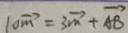
1 0 \overrightarrow { m } = 3 \overrightarrow { m } + \overrightarrow { A B }